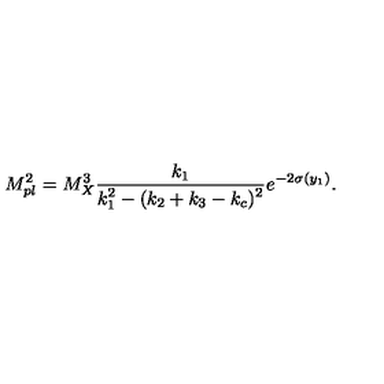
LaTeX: M _ { p l } ^ { 2 } = { M _ { X } ^ { 3 } } { \frac { k _ { 1 } } { \displaystyle { k _ { 1 } ^ { 2 } - ( k _ { 2 } + k _ { 3 } - k _ { c } ) ^ { 2 } } } } e ^ { - 2 \sigma ( y _ { 1 } ) } . \,